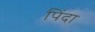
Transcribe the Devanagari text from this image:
पिंदा